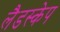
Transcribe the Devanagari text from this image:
लैडस्केप